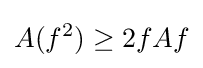
A(f^{2})\geq 2fAf